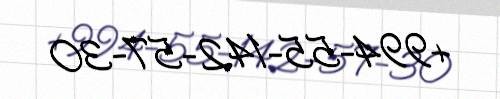
+994-55-142-57-30